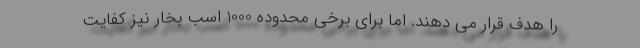
را هدف قرار می دهند. اما برای برخی محدوده 1000 اسب بخار نیز کفایت